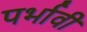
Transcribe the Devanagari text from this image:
पर्भावी